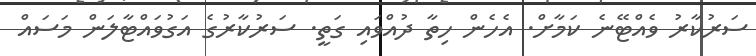
ސަރުކާރު ވެއްޓޭނެ ކަމާށް. އެހެން ހިތާ ދުއްވައި ގަތީ. ސަރުކާރުގެ އަގުވައްޓާލަން މަސައް